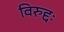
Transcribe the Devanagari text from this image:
विरुद्दः